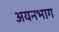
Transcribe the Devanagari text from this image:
अयनभाग